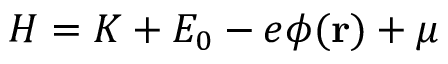
{ \cal H } = K + E _ { 0 } - e \phi ( { \bf r } ) + \mu